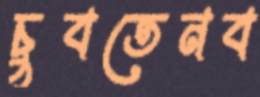
চুবতেনব